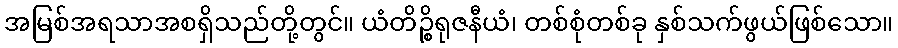
အမြစ်အရသာအစရှိသည်တို့တွင်။ ယံတိဉ္စိရုဇနီယံ၊ တစ်စုံတစ်ခု နှစ်သက်ဖွယ်ဖြစ်သော။